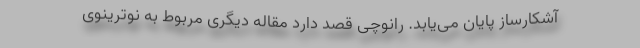
آشکارساز پایان می‌یابد. رانوچی قصد دارد مقاله دیگری مربوط به نوترینوی